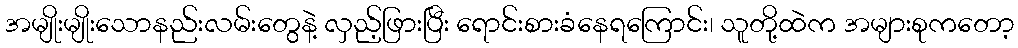
အမျိုးမျိုးသောနည်းလမ်းတွေနဲ့ လှည့်ဖြားပြီး ရောင်းစားခံနေရကြောင်း၊ သူတို့ထဲက အများစုကတော့